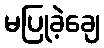
မပြုခဲ့ချေ